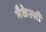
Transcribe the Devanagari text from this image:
मैकेल्सी